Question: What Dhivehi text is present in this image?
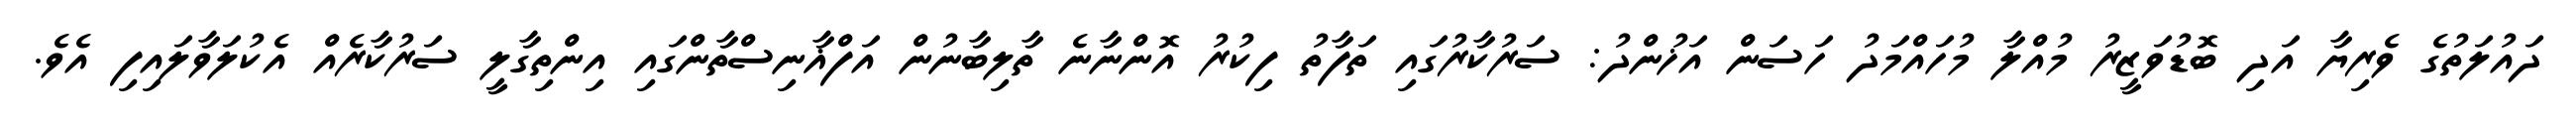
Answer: ދައުލަތުގެ ވެރިޔާ އަދި ބޮޑުވަޒީރު މުއްލާ މުހައްމަދު ހަސަން އަޚުންދު: ސަރުކާރުގައި ތަފާތު ފިކުރު އޮންނާނެ ތާލިބާނުން އަފްޣާނިސްތާންގައި އިންތިގާލީ ސަރުކާރެއް އެކުލަވާލައިފި އެވެ.